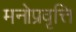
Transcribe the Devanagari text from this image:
मनोप्रवृत्ति